38_143685_box_Incident_Summaries_101-172
Agency: Department of War
Page 165
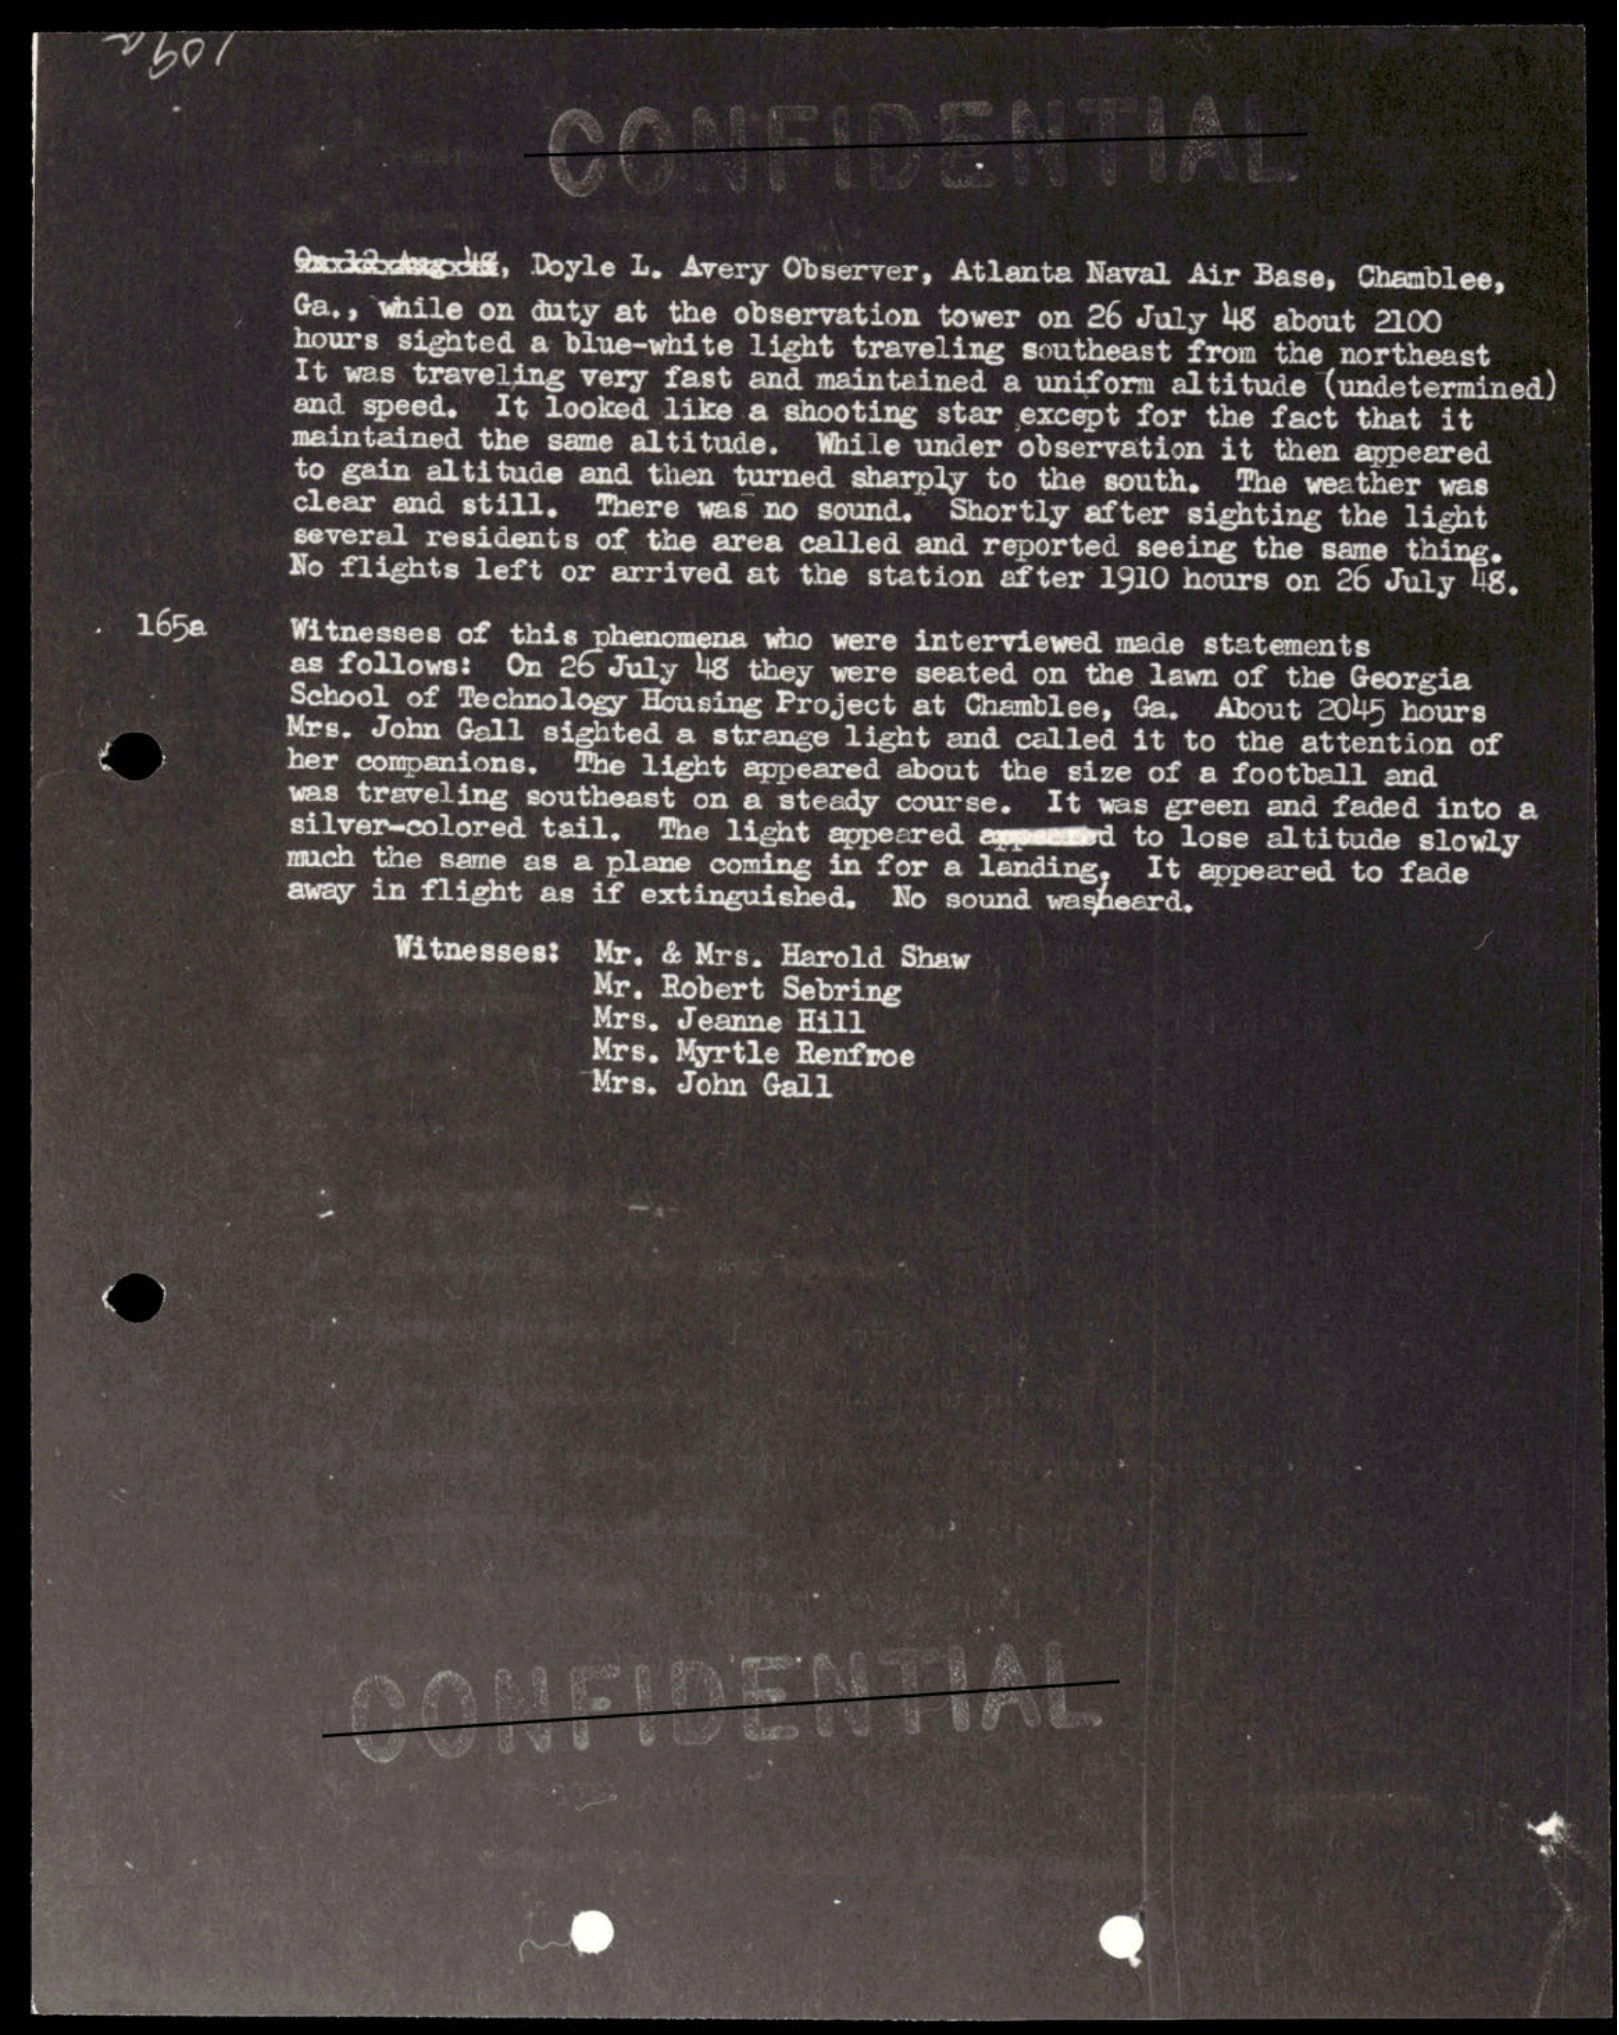